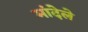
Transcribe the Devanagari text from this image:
मांदेले